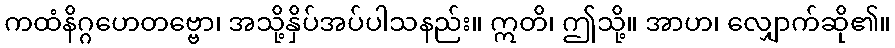
ကထံနိဂ္ဂဟေတဗ္ဗော၊ အသို့နှိပ်အပ်ပါသနည်း။ ဣတိ၊ ဤသို့။ အာဟ၊ လျှောက်ဆို၏။